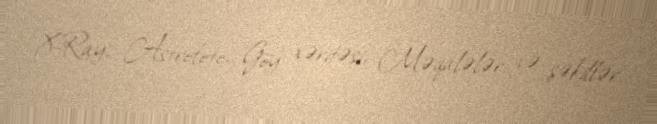
X-Ray, Astrofoto, Göy xəritəsi, Məqalələr və şəkillər.